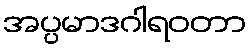
အပ္ပမာဒဂါရဝတာ